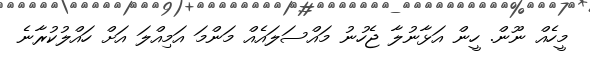
މީހެއް ނޫން. ހީން އަޅާނުލާ ޖެހުނު މައްސަލައެއް މަންމަ އަމިއްލަ އަށް ހައްލުކުރާނެ